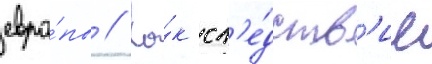
евро́пы // Ка́к сл'е́дств'ие